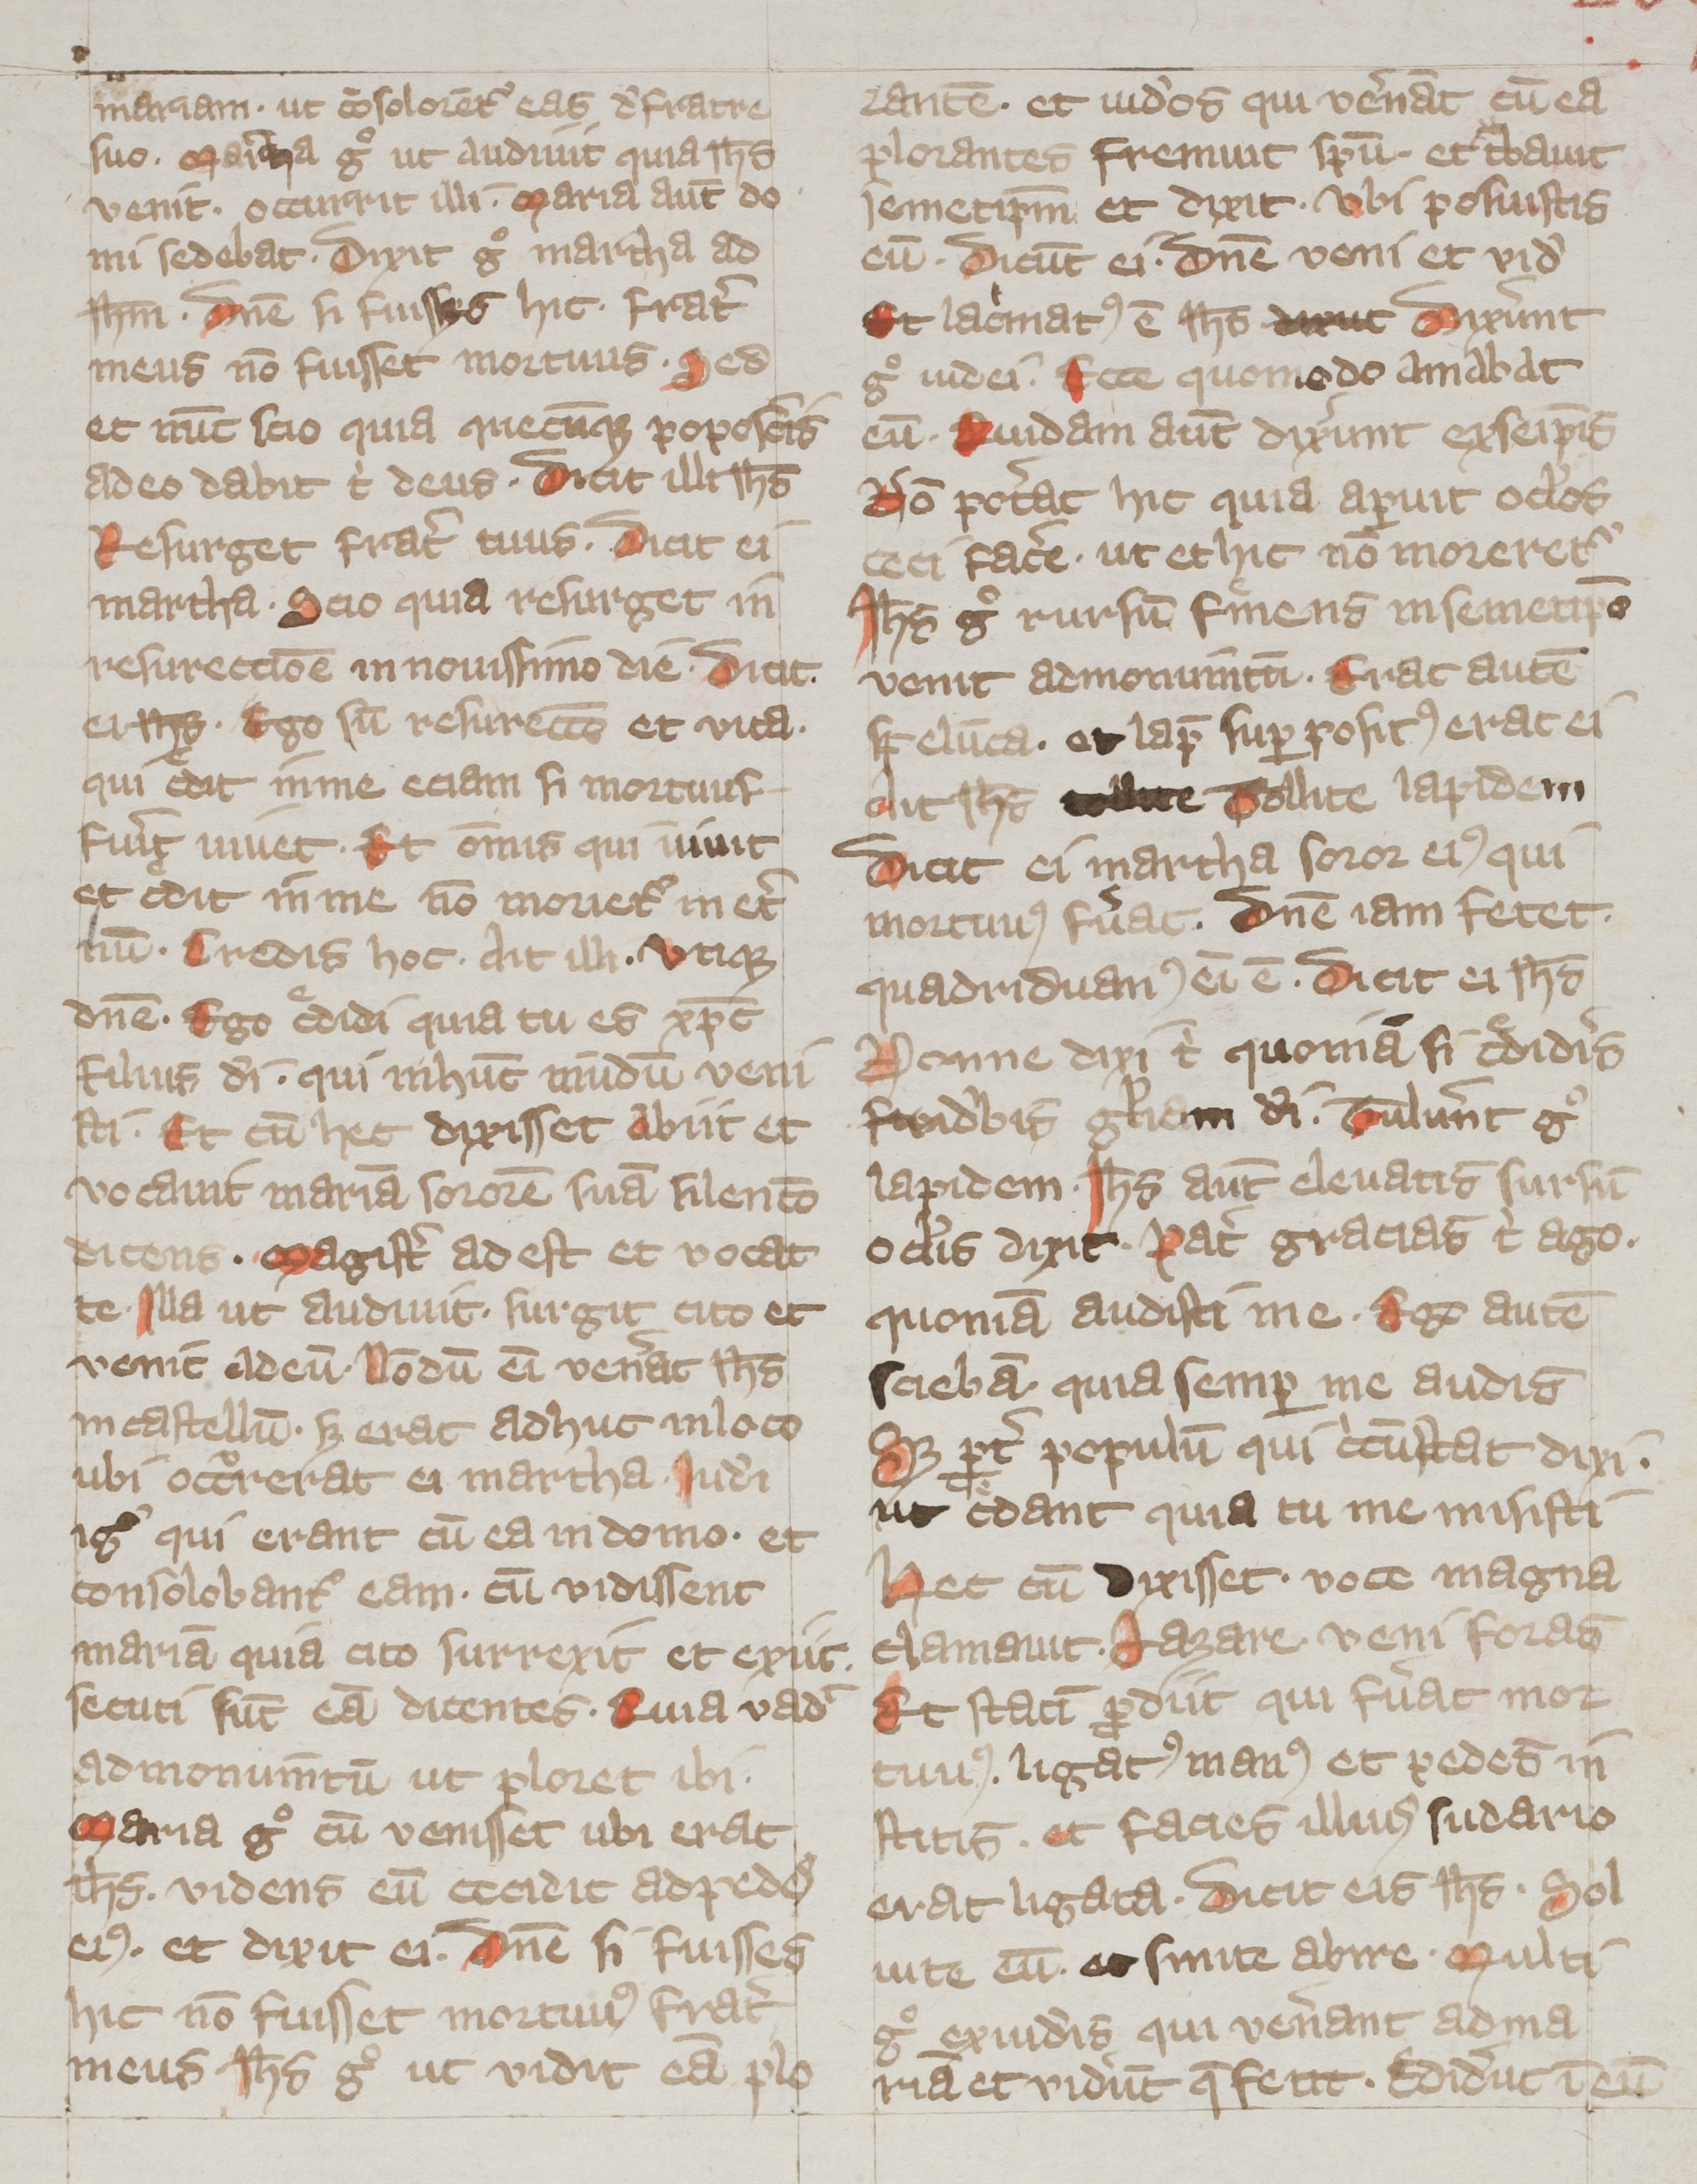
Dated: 800–899